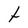
Character: t